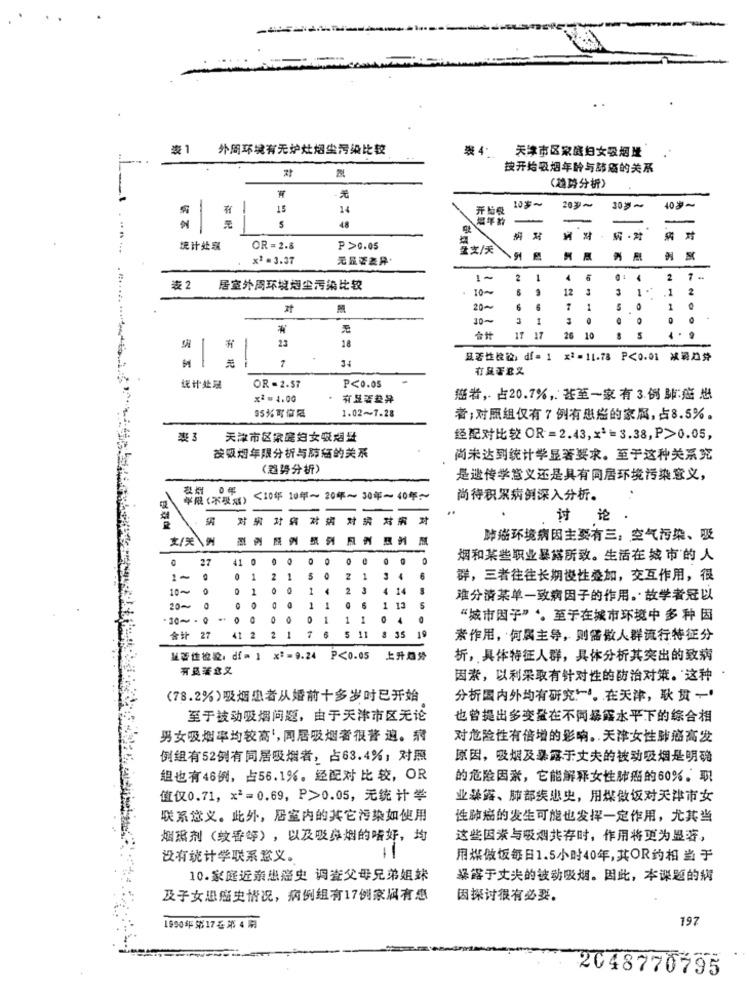
外周环境有无炉灶烟尘污染比较
表 4: 天津市区家庭妇女吸烟量
按开始吸烟年龄与肺痛的关系
(趋势分析)
元
15
14
开始發
203~4
30岁~
40岁~
編年粉
一
-
有記
$
48
病对
奶·財
统计处乳
OR = 2.8
P >0.05
生支/天
x2 = 3.37
1 .
2
1
.
-
4
2
1 .
麦2
居室外周环境超尘污染比较
10~
12
3
1
2
20-
6
6
1
1
1
。
10-
3
1
。
23
17 17
26
10
S
有
18
显著性检验: df= 1 x2=11.78 P<0.01 減最急券
7
34
有顯著意义
焼计处理
OR=2.57
P<0.05
×2 = 4.00
猫者,占20.7%,甚至一家有3.例肺癌患
95%可信腐
1.02~7.28
者;对照组仅有7例有恐癌的家属,占8.5%。
表 3
天津市区家房妇女吸烟量
经配对比较 OR=2.43,x3= 3.38,P>0.05,
按吸烟年限分析与肺癌的关系
尚未达到统计学显著要求。至于这种关系究
(趋势分析)
是遗传学意义还是具有同居环境污染意义,
年限(不發成)
<10年 10年~ 20年~30年~40年~
尚待积累病例深入分析。
对泉 对病 对網 材病 对案
对
讨 论
文/天\例
際 例 院 例
肺癌环境病因主要有三:空气污染、吸
27
41 0 0 0
O
0 0
烟和某些职业暴露所致。生活在城市的人
1~
1
2
1
5 0
2 1
3 4
6
群,三者往往长期慢性叠加,交互作用,很
10~
0
。
1
0 0
1 4
2
3
4 14
。
难分清某单一致病因子的作用。故学者冠以
20~
1
1
O
6
1 13
301 - 0 - 0 0
0 1
1 1
O
“城市因子”。至于在城市环境中 多种因
6
5
11
19
会计 27
41 2
2
1
35
素作用,何属主导,则需做人群流行特征分
址著性检验:df = 1 x := 9.24
P<0.05
上升趋势
析,具体特征人群,具体分析其突出的致病
有具著念文
因素,以利采取有针对性的防治对策。这种
(78.2%)吸烟忠者从婚前十多岁时已开始
分析国内外均有研究一。在天津,耿贯一”
至于被动吸烟问题,由于天津市区无论
也曾提出多变量在不同暴露水平下的综合相
男女吸烟率均较高’,同居吸烟者很普 遍。病
对危险性有倍增的影响。天津女性肺癌高发
倒组有52例有同居吸烟者,占63.4%;对照
原因,吸烟及暴露于丈夫的被动吸烟是明确
组也有46例,占56.1%,经配对比较,OR
的危险因素,它能解释女性肺癌的60%,职
值仅0.71, x2=0.69, P>0.05, 无统计学
业暴露、肺部疾忠史,用煤做饭对天津市女
联系意义。此外,居室内的其它污染如使用
性肺癌的发生可能也发挥一定作用,尤其当
烟熏剂(蚊香等),以及吸鼻烟的嗜好,均
这些因素与吸烟共存时,作用将更为显著,
没有统计学联系意义。
用煤做饭每日1.5小时40年,其OR约相当于
10.家庭近亲热秘史 调查父母兄弟姐妹
暴露于丈夫的被动吸烟。因此,本课题的病
及子女患癌史情况,病例组有17例家属有患
因探讨很有必要。
197
1950年第17卷第4期
2048770795